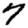
Digit: 7